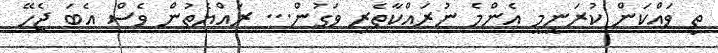
ތި ވައްކަން ކުރަނީމީ އެންމެ ނުރައްކާތެރި ވަގުން... ރައްޔެތުން ވެސް އެބަ ޖެހޭ